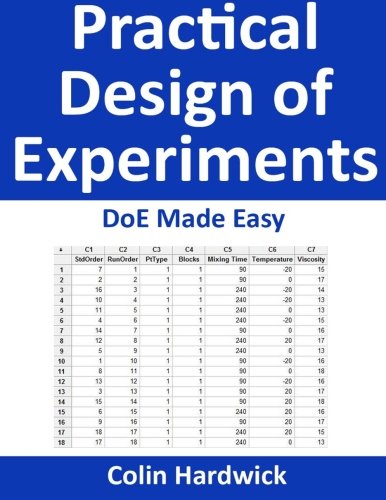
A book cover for Practical Design of Experiments: DoE Made Easy!; Colin Hardwick; Science & Math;